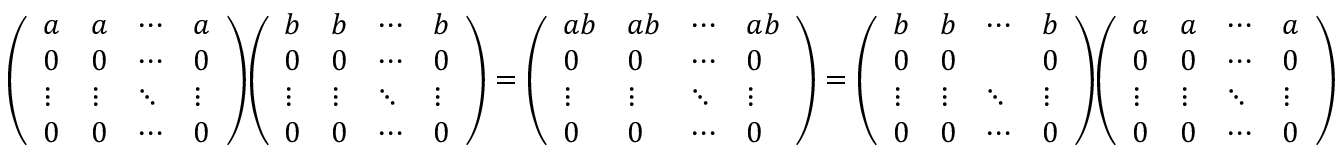
{ \left( \begin{array} { l l l l } { a } & { a } & { \cdots } & { a } \\ { 0 } & { 0 } & { \cdots } & { 0 } \\ { \vdots } & { \vdots } & { \ddots } & { \vdots } \\ { 0 } & { 0 } & { \cdots } & { 0 } \end{array} \right) } { \left( \begin{array} { l l l l } { b } & { b } & { \cdots } & { b } \\ { 0 } & { 0 } & { \cdots } & { 0 } \\ { \vdots } & { \vdots } & { \ddots } & { \vdots } \\ { 0 } & { 0 } & { \cdots } & { 0 } \end{array} \right) } = { \left( \begin{array} { l l l l } { a b } & { a b } & { \cdots } & { a b } \\ { 0 } & { 0 } & { \cdots } & { 0 } \\ { \vdots } & { \vdots } & { \ddots } & { \vdots } \\ { 0 } & { 0 } & { \cdots } & { 0 } \end{array} \right) } = { \left( \begin{array} { l l l l } { b } & { b } & { \cdots } & { b } \\ { 0 } & { 0 } & & { 0 } \\ { \vdots } & { \vdots } & { \ddots } & { \vdots } \\ { 0 } & { 0 } & { \cdots } & { 0 } \end{array} \right) } { \left( \begin{array} { l l l l } { a } & { a } & { \cdots } & { a } \\ { 0 } & { 0 } & { \cdots } & { 0 } \\ { \vdots } & { \vdots } & { \ddots } & { \vdots } \\ { 0 } & { 0 } & { \cdots } & { 0 } \end{array} \right) }